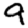
Digit: 9